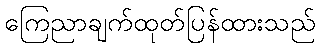
ကြေညာချက်ထုတ်ပြန်ထားသည်